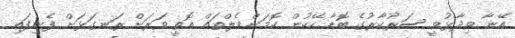
އޭނާ ވިދާޅުވީ ސަރުކާރުގެ ބޮޑާ ހޭކުން ކޮމަންވެލްތައް އޮތީ ވަރަށް ރަނގަޅަށް ފެނިފައި